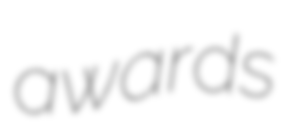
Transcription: awards